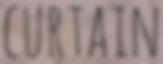
CURTAIN